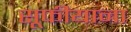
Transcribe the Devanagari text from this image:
सूफीयाना